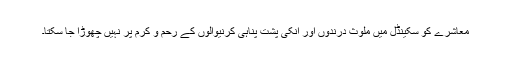
معاشرے کو سکینڈل میں ملوث درندوں اور انکی پشت پناہی کرنیوالوں کے رحم و کرم پر نہیں چھوڑا جا سکتا۔